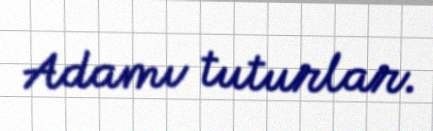
Adamı tuturlar.